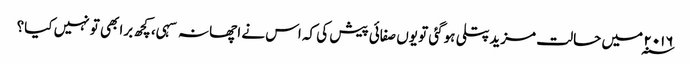
۲۰۱۶ ؁ میں حالت مزیدپتلی ہوگئی تو یوں صفائی پیش کی کہ اس نے اچھا نہ سہی، کچھ برا بھی تو نہیں کیا؟